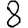
Digit: 8